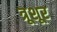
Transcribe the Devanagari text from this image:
त्रूशूर